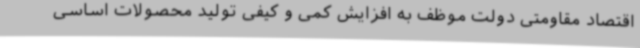
اقتصاد مقاومتی دولت موظف به افزایش کمی و کیفی تولید محصولات اساسی